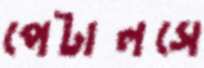
পেটালসে